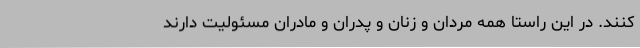
کنند. در این راستا همه مردان و زنان و پدران و مادران مسئولیت دارند